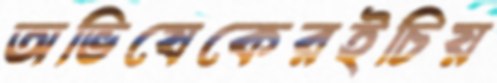
অভিষেকেরইচিয়